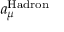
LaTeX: a _ { \mu } ^ { \mathrm { H a d r o n } }